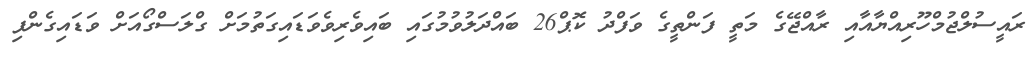
ރައީސުލްޖުމްހޫރިއްޔާއާއި ރާއްޖޭގެ މަތީ ފަންތީގެ ވަފްދު ކޮޕް26 ބައްދަލުވުމުގައި ބައިވެރިވެވަޑައިގަތުމަށް ގްލަސްގޯއަށް ވަޑައިގެންފި